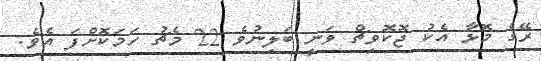
ރޭގެ މޮޅާ އެކު ޖޮކޮވިޗް ވަނީ ބަލިނުވެ 22 މެޗު ހަމަކޮށްފަ އެވެ.